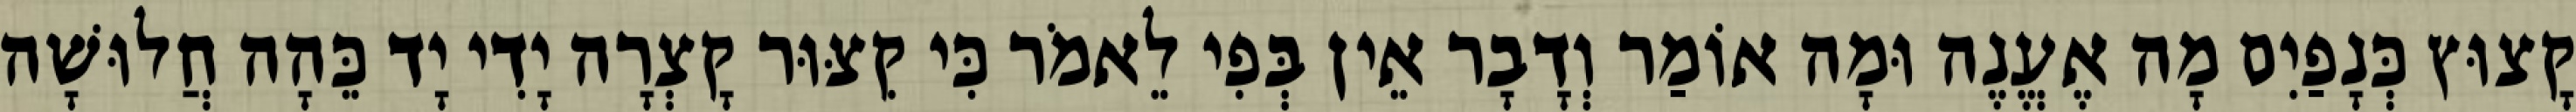
קָצוּץ כְּנָפַיִם מָה אֶעֱנֶה וּמָה אוֹמַר וְדָבָר אֵין בְּפִי לֵאמֹר כִּי קִצּוּר קָצְרָה יָדִי יָד כֵּהָה חֲלוּשָׁה